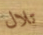
تلال